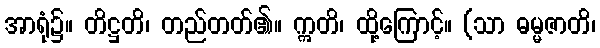
အာရုံ၌။ တိဋ္ဌတိ၊ တည်တတ်၏။ ဣတိ၊ ထို့ကြောင့်။ (သာ ဓမ္မဇာတိ၊